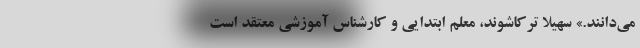
می‌دانند.» سهیلا ترکاشوند، معلم ابتدایی و کارشناس آموزشی معتقد است